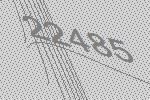
22485